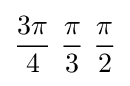
{3\pi  \over 4}\ {\pi  \over 3}\ {\pi  \over 2}